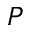
P